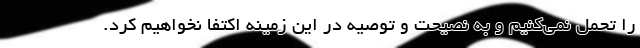
را تحمل نمی‌کنیم و به نصیحت و توصیه در این زمینه اکتفا نخواهیم کرد.